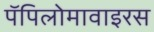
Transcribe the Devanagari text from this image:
पॅपिलोमावाइरस